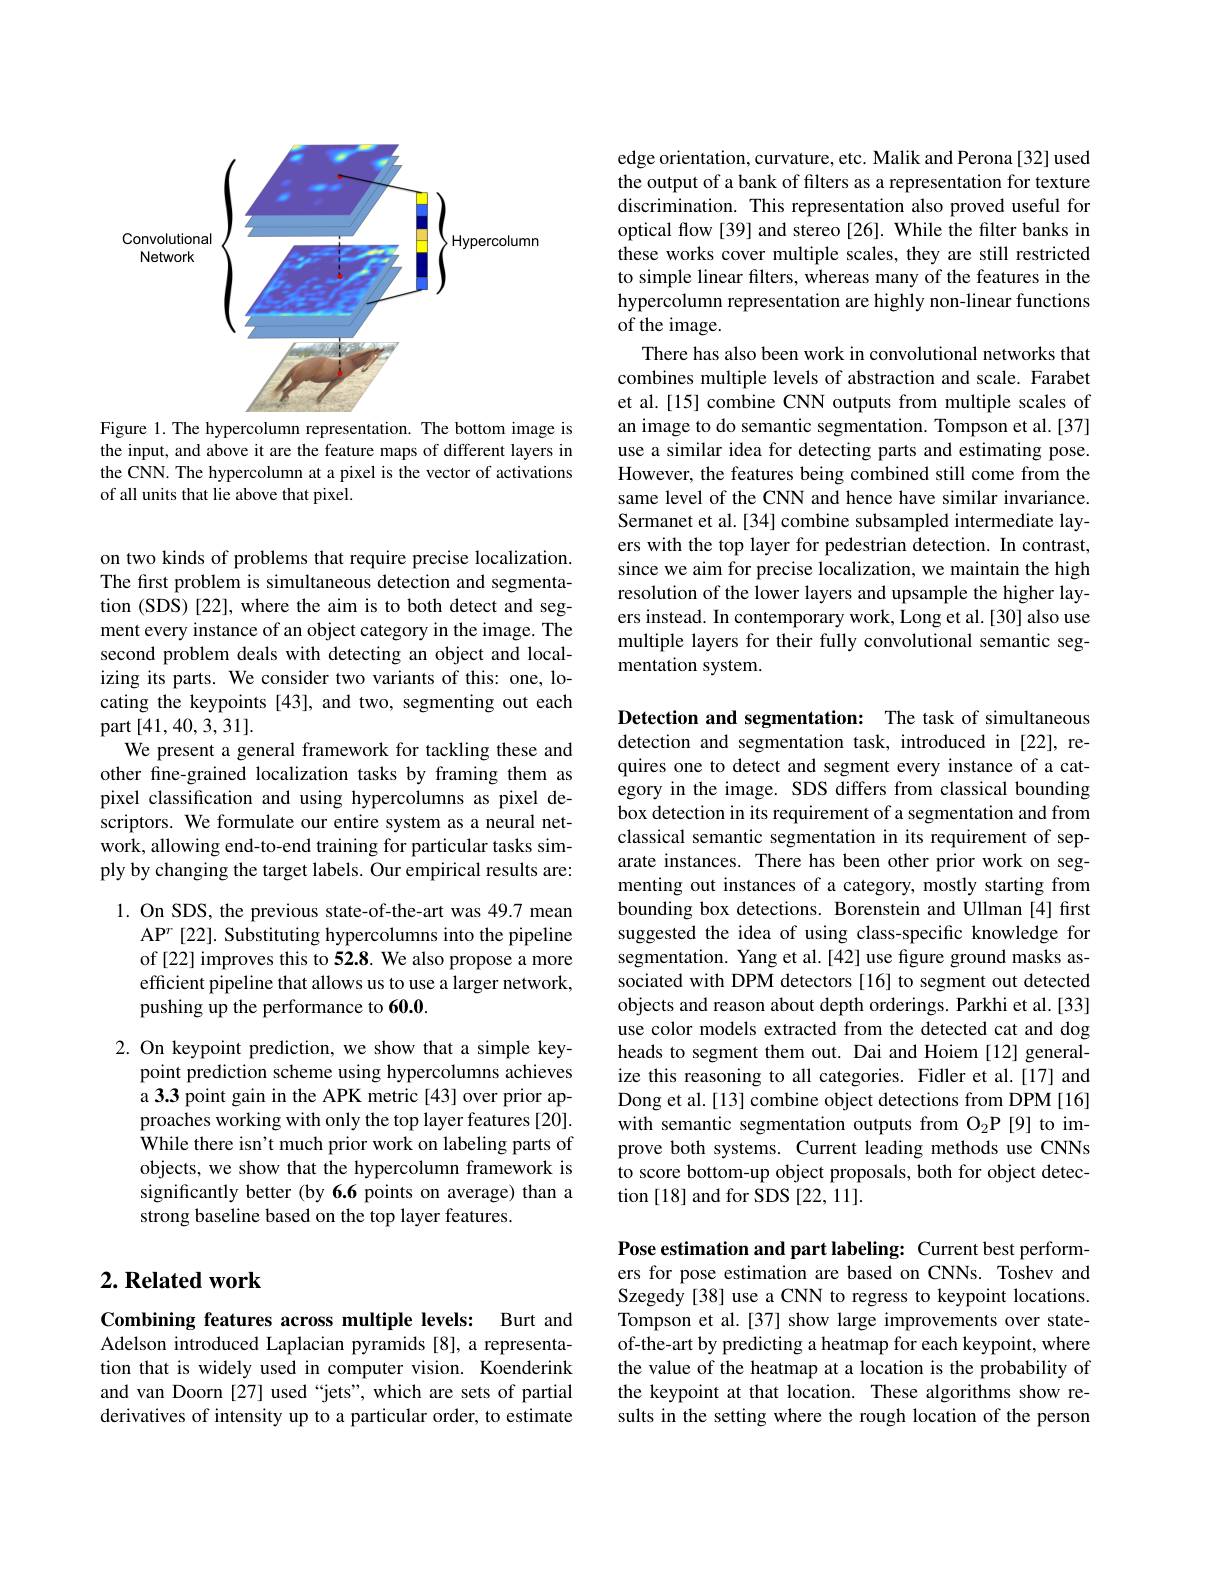
<FigureHere>
Figure 1. The hypercolumn representation. The bottom image is

the input, and above it are the feature maps of different layers in the CNN. The hypercolumn at a pixel is the vector of activations of all units that lie above that pixel.

on two kinds of problems that require precise localization. The first problem is simultaneous detection and segmentation (SDS) [22], where the aim is to both detect and segment every instance of an object category in the image. The second problem deals with detecting an object and localizing its parts. We consider two variants of this: one, locating the keypoints [43], and two, segmenting out each part [41,40,3,31].
We present a general framework for tackling these and other fine-grained localization tasks by framing them as pixel classification and using hypercolumns as pixel descriptors. We formulate our entire system as a neural network, allowing end-to-end training for particular tasks simply by changing the target labels. Our empirical results are:

1. On SDS, the previous state-of-the-art was 49.7 mean
AP$^r$ [22]. Substituting hypercolumns into the pipeline of [22] improves this to 52.8. We also propose a more efficient pipeline that allows us to use a larger network, pushing up the performance to 60.0.

2. On keypoint prediction, we show that a simple key-
point prediction scheme using hypercolumns achieves a 3.3 point gain in the APK metric [43] over prior approaches working with only the top layer features [20]. While there isn't much prior work on labeling parts of objects, we show that the hypercolumn framework is significantly better (by 6.6 points on average) than a strong baseline based on the top layer features.

## $2. \textbf{ Related work}$

Combining features across multiple levels: Burt and Adelson introduced Laplacian pyramids [8], a representation that is widely used in computer vision. Koenderink and van Doorn [27] used “jets”, which are sets of partial derivatives of intensity up to a particular order, to estimate

edge orientation, curvature, etc. Malik and Perona[32] used the output of a bank of filters as a representation for texture discrimination. This representation also proved useful for optical flow [39] and stereo [26]. While the filter banks in these works cover multiple scales, they are still restricted to simple linear filters, whereas many of the features in the hypercolumn representation are highly non-linear functions of the image.
There has also been work in convolutional networks that combines multiple levels of abstraction and scale. Farabet et al.[15] combine CNN outputs from multiple scales of an image to do semantic segmentation. Tompson et al.[37] use a similar idea for detecting parts and estimating pose. However, the features being combined still come from the same level of the CNN and hence have similar invariance. Sermanet et al.[34] combine subsampled intermediate layers with the top layer for pedestrian detection. In contrast, since we aim for precise localization, we maintain the high resolution of the lower layers and upsample the higher layers instead. In contemporary work, Long et al.[30] also use multiple layers for their fully convolutional semantic segmentation system.

Detection and segmentation: The task of simultaneous detection and segmentation task, introduced in [22], requires one to detect and segment every instance of a category in the image. SDS differs from classical bounding box detection in its requirement of a segmentation and from classical semantic segmentation in its requirement of separate instances. There has been other prior work on segmenting out instances of a category, mostly starting from bounding box detections. Borenstein and Ullman [4] first suggested the idea of using class-specific knowledge for segmentation. Yang et al.[42] use figure ground masks associated with DPM detectors [16] to segment out detected objects and reason about depth orderings. Parkhi et al.[33] use color models extracted from the detected cat and dog heads to segment them out. Dai and Hoiem [12] generalize this reasoning to all categories. Fidler et al.[17] and Dong et al.[13] combine object detections from DPM[16] with semantic segmentation outputs from O$_{2}$P[9] to improve both systems. Current leading methods use CNNs to score bottom-up object proposals, both for object detection [18] and for SDS [22,11].

Pose estimation and part labeling: Current best performers for pose estimation are based on CNNs. Toshev and Szegedy[38] use a CNN to regress to keypoint locations. Tompson et al.[37] show large improvements over stateof-the-art by predicting a heatmap for each keypoint, where the value of the heatmap at a location is the probability of the keypoint at that location. These algorithms show results in the setting where the rough location of the person